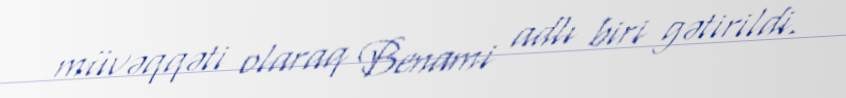
müvəqqəti olaraq Benami adlı biri gətirildi.